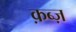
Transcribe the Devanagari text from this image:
क़ब्ज़